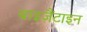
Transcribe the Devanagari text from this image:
बाइज़ैंटाइन